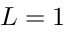
L = 1